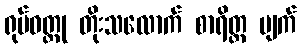
ရုပ်ဝတ္ထု တိုးသလောက် စာရိတ္တ ပျက်